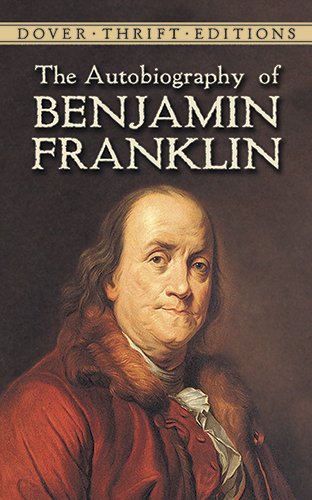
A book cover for The Autobiography of Benjamin Franklin (Dover Thrift Editions); Benjamin Franklin; Biographies & Memoirs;